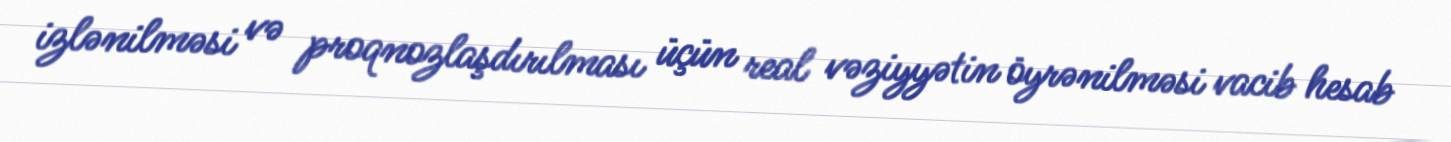
izlənilməsi və proqnozlaşdırılması üçün real vəziyyətin öyrənilməsi vacib hesab